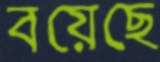
বয়েছে